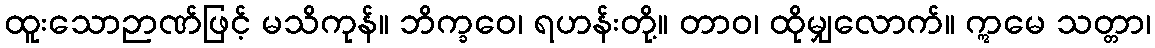
ထူးသောဉာဏ်ဖြင့် မသိကုန်။ ဘိက္ခဝေ၊ ရဟန်းတို့။ တာဝ၊ ထိုမျှလောက်။ ဣမေ သတ္တာ၊